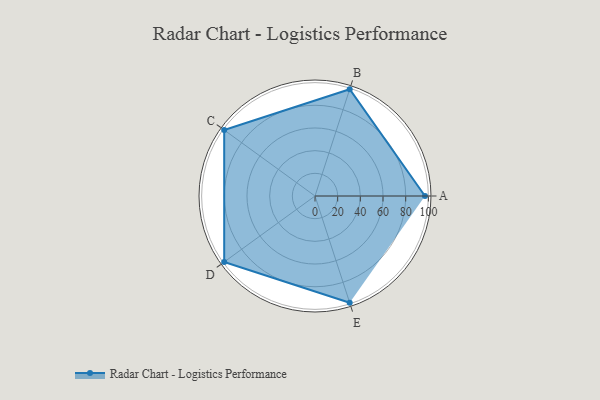
{"axis": {"x": "Skill", "y": "Score"}, "legend": ["Profile"], "data": [{"x": "A", "y": 97.0, "type": "Profile"}, {"x": "B", "y": 99, "type": "Profile"}, {"x": "C", "y": 99, "type": "Profile"}, {"x": "D", "y": 99, "type": "Profile"}, {"x": "E", "y": 99, "type": "Profile"}]}